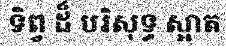
ទិព្វ ដ៏ បរិសុទ្ធ ស្អាត